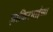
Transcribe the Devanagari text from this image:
ज़ाकिरभाईंच्या